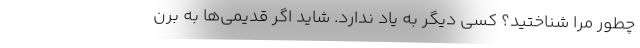
چطور مرا شناختید؟ کسی دیگر به یاد ندارد. شاید اگر قدیمی‌ها به برن